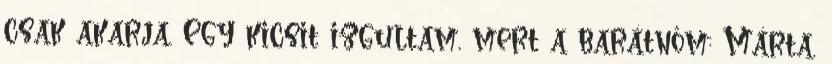
csak akarja. Egy kicsit izgultam, mert a barátnőm: Márta,